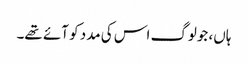
ہاں، جولوگ اس کی مدد کو آئے تھے۔